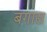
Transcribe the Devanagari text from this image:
बगास